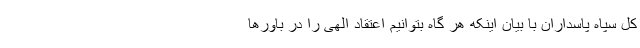
کل سپاه پاسداران با بیان اینکه هر گاه بتوانیم اعتقاد الهی را در باورها